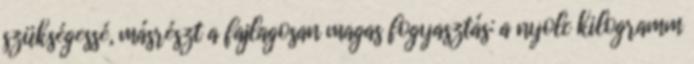
szükségessé, másrészt a fajlagosan magas fogyasztás: a nyolc kilogramm